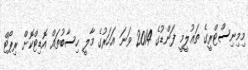
މިމިނިސްޓްރީގެ ތަޢުލީމީ ފަންޑުގެ 2014 ވަނަ އަހަރުގެ މާލީ ހިސާބުތައް އޮޑިޓްކޮށް ރިޕޯޓް